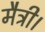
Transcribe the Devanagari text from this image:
मैत्री।